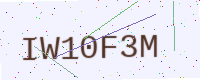
Text: IW10F3M